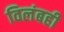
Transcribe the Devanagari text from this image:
विलंबही